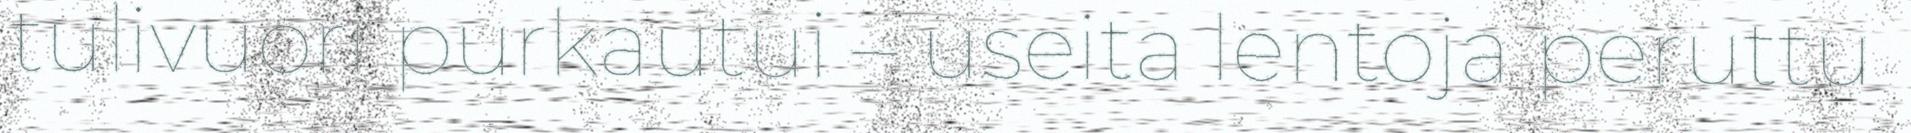
tulivuori purkautui – useita lentoja peruttu